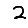
Digit: 2